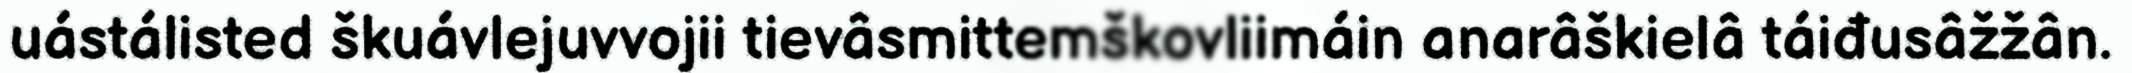
uástálisted škuávlejuvvojii tievâsmittemškovliimáin anarâškielâ táiđusâžžân.